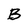
Character: B